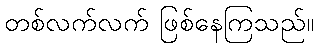
တစ်လက်လက် ဖြစ်နေကြသည်။